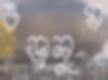
ওড়ালুম